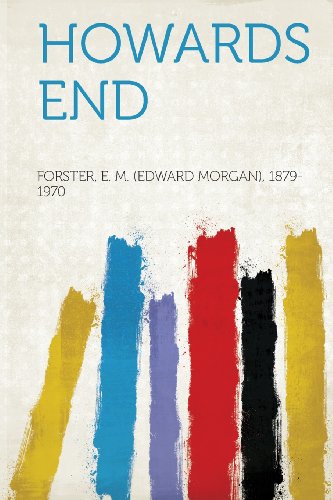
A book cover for Howards End; Crafts, Hobbies & Home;